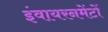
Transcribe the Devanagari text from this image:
इंवायरनमेंटों